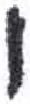
אות: ו